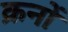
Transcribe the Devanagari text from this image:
क्रनों